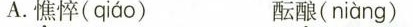
A.憔悴( qiáo ) 酝酿( niàng )